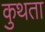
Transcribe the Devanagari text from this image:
कुथता